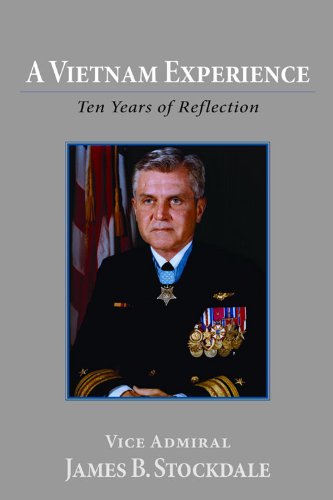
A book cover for A Vietnam Experience: Ten Years of Relection (Hoover Institution Press Publication); James B. Stockdale; History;